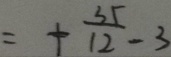
= + \frac { 3 5 } { 1 2 } - 3